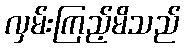
လှမ်းကြည့်မိသည်